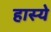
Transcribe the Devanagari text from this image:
हास्ये